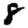
Digit: 8